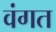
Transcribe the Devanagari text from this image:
वंगत